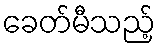
ခေတ်မီသည့်